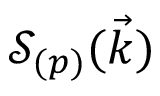
\mathcal { S } _ { ( p ) } ( \vec { k } )